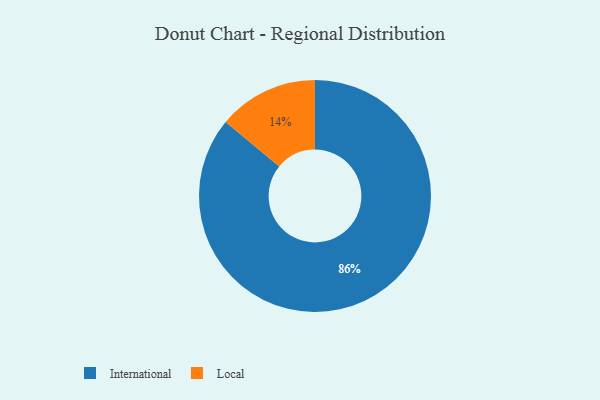
{"axis": {"x": "Category", "y": "Percentage"}, "legend": ["International", "Local"], "data": [{"x": "Local", "y": 14, "type": "Local"}, {"x": "International", "y": 86, "type": "International"}]}